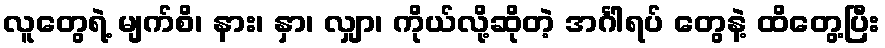
လူတွေရဲ့ မျက်စိ၊ နား၊ နှာ၊ လျှာ၊ ကိုယ်လို့ဆိုတဲ့ အင်္ဂါရပ် တွေနဲ့ ထိတွေ့ပြီး